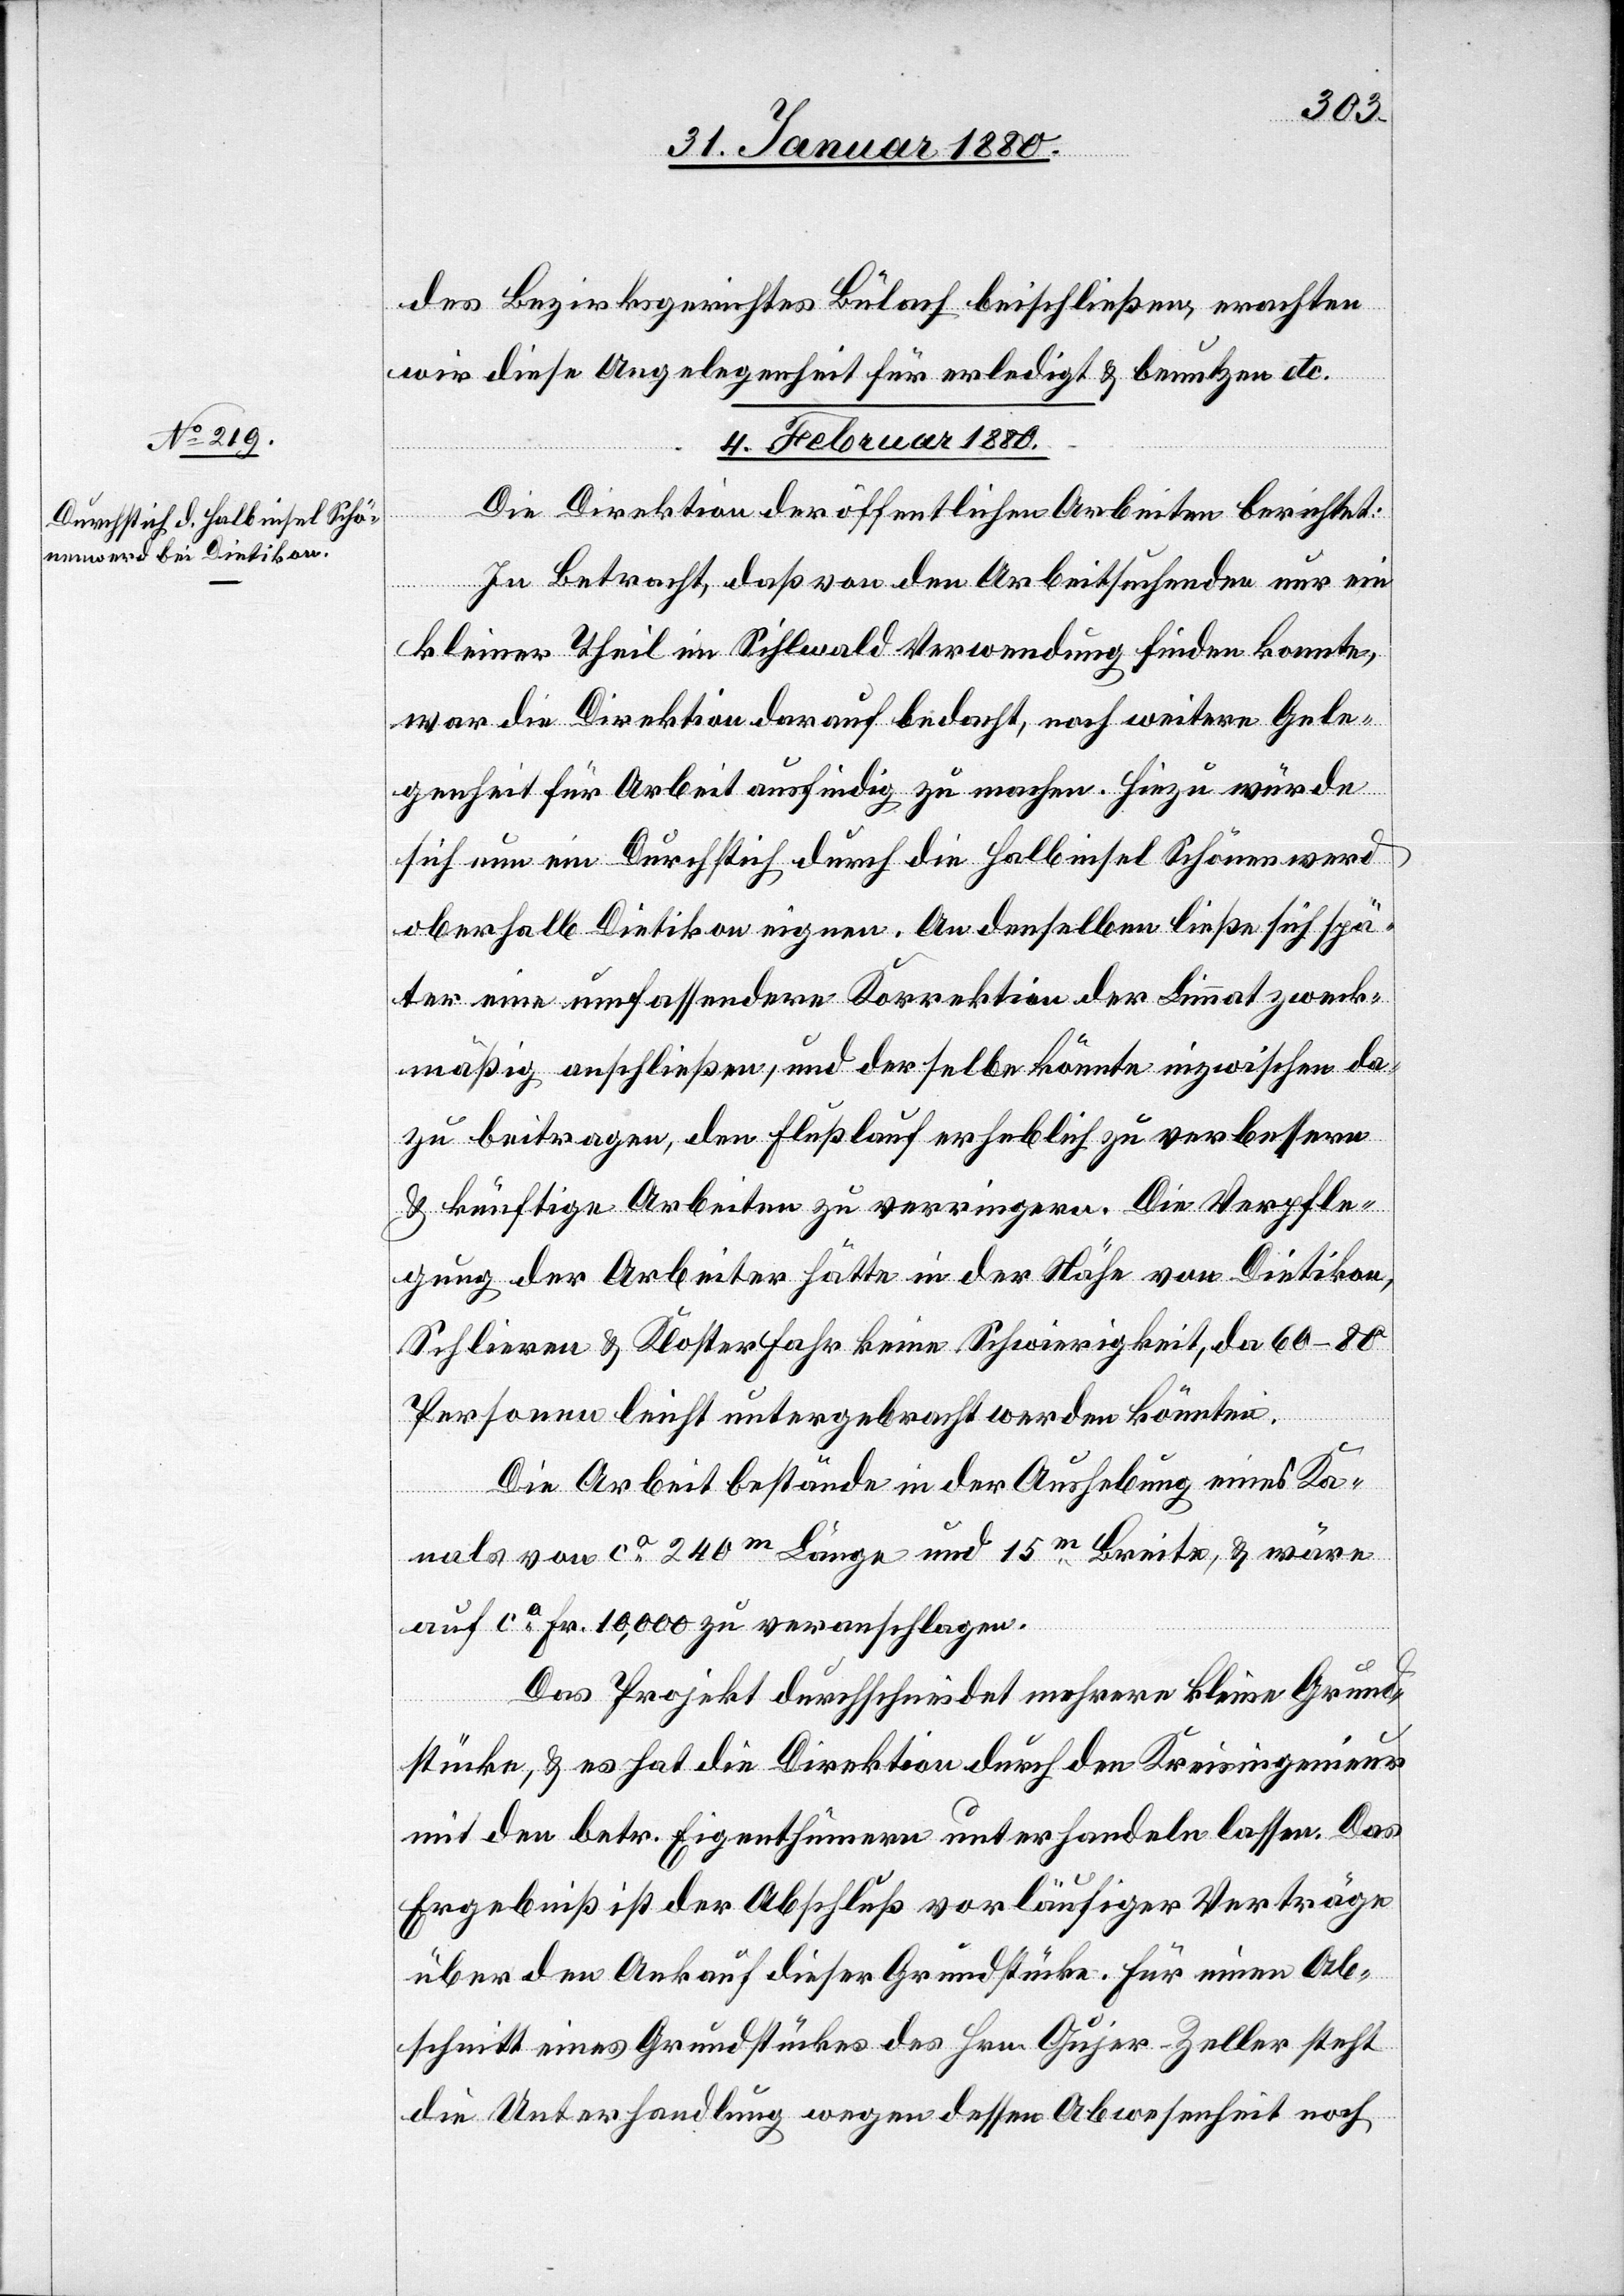
des Bezirksgerichtes Bülach beischließen, erachten
wir diese Angelegenheit für erledigt & benutzen etc.
4. Februar 1880.
Die Direktion der öffentlichen Arbeiten berichtet:
In Betracht, daß von den Arbeitsuchenden nur ein
kleiner Theil im Sihlwald Verwendung finden konnte,
war die Direktion darauf bedacht, noch weitere Gele¬
genheit für Arbeit ausfindig zu machen. Hiezu würde
sich nun ein Durchstich durch die Halbinsel Schönenwerd
oberhalb Dietikon eignen. An denselben ließe sich spä¬
ter eine umfassendere Korrektion der Limmat zweck¬
mäßig anschließen, und derselbe könnte inzwischen da¬
zu beitragen, den Flußlauf erheblich zu verbessern
& künftige Arbeiten zu verringern. Die Verpfle¬
gung der Arbeiter hätte in der Nähe von Dietikon,
Schlieren & Kloster Fahr keine Schwierigkeit, da 60–80
Personen leicht untergebracht werden könnten.
Die Arbeit bestände in der Aushebung eines Ka¬
nals von ca 240m Länge und 15m Breite, & wäre
auf ca Fr. 10, 000 zu veranschlagen.
Das Projekt durchschneidet mehrere kleine Grund¬
stücke, & es hat die Direktion durch den Kreisingenieur
mit den betr. Eigenthümern unterhandeln lassen. Das
Ergebniß ist der Abschluß vorläufiger Verträge
über den Ankauf dieser Grundstücke. Für einen Ab¬
schnitt eines Grundstückes des Hrn. Gujer-Zeller steht
die Unterhandlung wegen dessen Abwesenheit noch